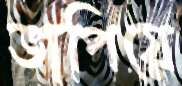
ভাপিয়ে